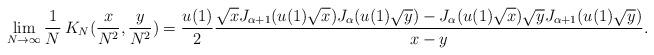
LaTeX: \begin{align*}\lim_{N\rightarrow\infty} \frac1N\, K_N(\frac{x}{N^2}, \frac{y}{N^2})=\frac{u(1)}{2} \frac{\sqrt{x} J_{\alpha+1} ( u(1)\sqrt{x} ) J_\alpha ( u(1)\sqrt{y} )-J_\alpha ( u(1)\sqrt{x} ) \sqrt{y} J_{\alpha+1} ( u(1)\sqrt{y} )}{x-y} .\end{align*}